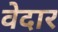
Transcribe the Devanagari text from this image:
वेदार